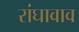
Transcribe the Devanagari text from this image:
रांघावाव